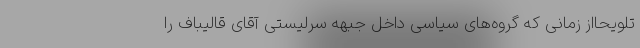
تلویحااز زمانی که گروه‌های سیاسی داخل جبهه سرلیستی آقای قالیباف را